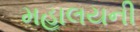
મહાલયની